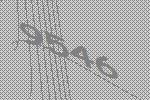
9546